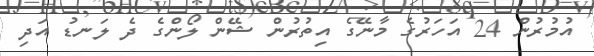
އުމުރުން 24 އަހަރުގެ މާނޭގެ އިތުރުން ޝޭން ލޯންގެ ދެ ލަނޑު އަދި